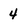
Character: 4